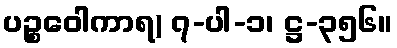
ပဉ္စဝေါကာရ) ၇-ပါ-၁၊ ဋ္ဌ-၃၅၆။